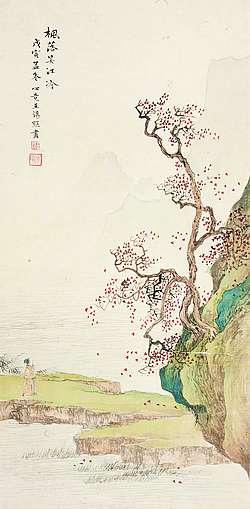
说相思，问相思，枫落吴江雁去迟。